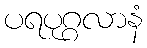
ပရပုဂ္ဂလာနံ